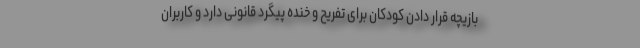
بازیچه قرار دادن کودکان برای تفریح و خنده پیگرد قانونی دارد و کاربران